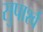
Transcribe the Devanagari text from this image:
सुपार्श्‍व